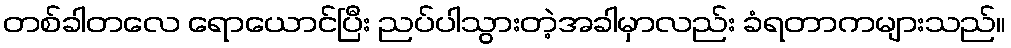
တစ်ခါတလေ ရောယောင်ပြီး ညပ်ပါသွားတဲ့အခါမှာလည်း ခံရတာကများသည်။